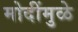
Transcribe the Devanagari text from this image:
मोदींमुळे